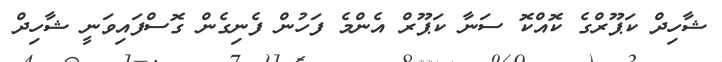
ޝާހިދް ކަޕޫރްގެ ކޮއްކޮ ސަނާ ކަޕޫރް އެންމެ ފަހުން ފެނިގެން ގޮސްފައިވަނީ ޝާހިދް